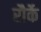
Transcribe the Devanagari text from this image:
रौर्के